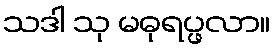
သဒါ သု မဓုရပ္ဖလာ။